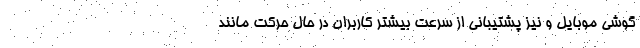
گوشی موبایل و نیز پشتیبانی از سرعت بیشتر کاربران در حال حرکت مانند